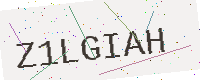
Text: Z1LGIAH